system: You are a helpful assistant.
user:
Analyze the provided spectrum to determine if it is a **M-type Giant (gM)**.

A M-type Giant spectrum is defined by its **strong molecular absorption** features, particularly from **Titanium Oxide (TiO)**. You must check for one of the following mutually exclusive signatures:

- **Key Visual Indicators (Absorption-Dominated Spectrum):**

    - **(Primary):** The spectrum is dominated by strong molecular absorption from **Titanium Oxide (TiO)**. This is the **defining feature** of its M-type temperature class.
        - **(Key Bandheads):** Look for sharp, "saw-tooth" absorption valleys. The strongest are located near **~7050 Å**, **~6160 Å**, and **~5170 Å**.
        - **(Line Profile):** The "saw-tooth" morphology is critical: a **sharp, steep drop on the BLUE (short-wavelength) side** of the bandhead, followed by a gradual recovery (rising flux) towards the RED (long-wavelength) side.

    - **(Key Confirmation - Giant vs. Dwarf):** **ABSENCE** of strong **Calcium Hydride (CaH)** molecular bands. This is the primary diagnostic for *excluding* M-dwarfs.
        - **(Key Region):** The spectrum should lack the strong, broad absorption band seen in dwarfs between **~6800 Å and ~7000 Å**.

    - **(Secondary Confirmation - Giant):** A very strong and broad **Neutral Calcium (Ca I)** atomic absorption line.
        - **(Key Line):** Located at **~4226 Å**. In a giant (gM), this line is significantly deeper and broader than the same line in an M-dwarf (dM) due to low surface gravity.

    - **(Overall Spectrum):**
        - The continuum is **extremely red-sloping** (i.e., flux is very low in the blue and rises dramatically towards the red).
        - The entire spectrum appears "chopped up" by the deep TiO bands.

Think first, call **spectral_visualization_tool** if needed to examine features in detail, then provide your final answer. Your response must adhere to the following strict rules:
1.  **Overall Structure:** Your response must follow the format `<think>...</think> <tool_call>...</tool_call> (if a tool is used) <answer>...</answer>`.
2.  **Tool Usage Constraint:** You may only make **one** tool call per turn.
3.  **Final Answer Format:** In the `<answer>` tag, your conclusion must be inside a `\boxed{}` command (e.g., `\boxed{YES}` or `\boxed{NO}`), followed by your justification.

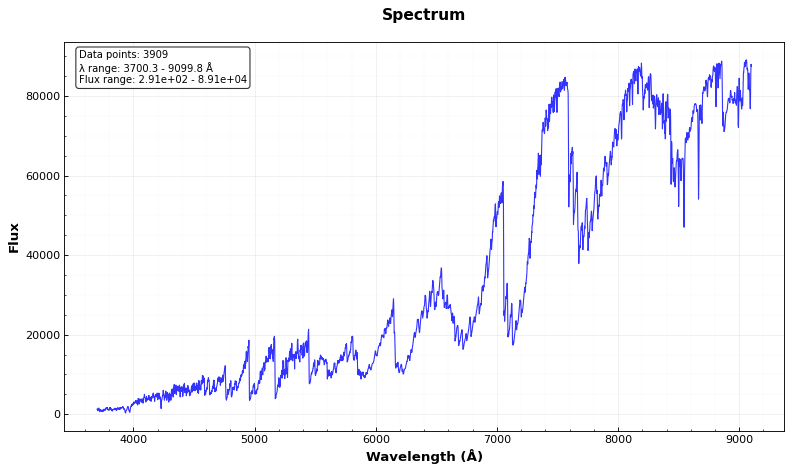
Answer: YES